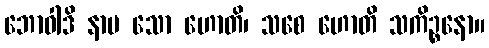
ဘောဝါဒိ နာမ သော ဟောတိ၊ သစေ ဟောတိ သကိဉ္စနော။